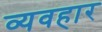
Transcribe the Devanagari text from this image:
व्यवहार